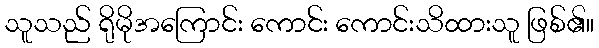
သူသည် ရိုမိုအကြောင်း ကောင်း ကောင်းသိထားသူ ဖြစ်၏။